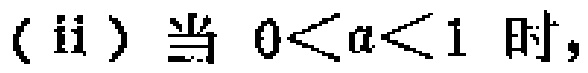
（ii）当 \(0 < a < 1\) 时，